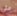
على